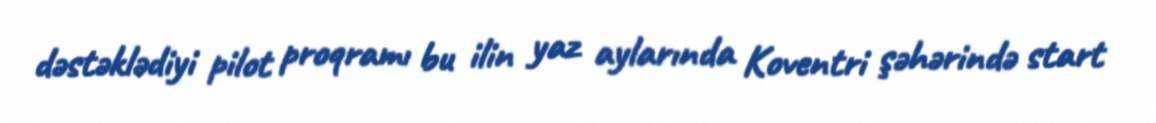
dəstəklədiyi pilot proqramı bu ilin yaz aylarında Koventri şəhərində start